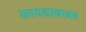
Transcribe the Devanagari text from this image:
कायद्याबाबत